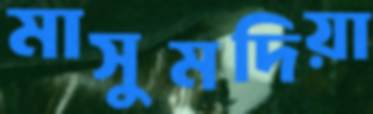
মাসুমদিয়া